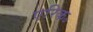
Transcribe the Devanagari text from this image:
एरिक॰